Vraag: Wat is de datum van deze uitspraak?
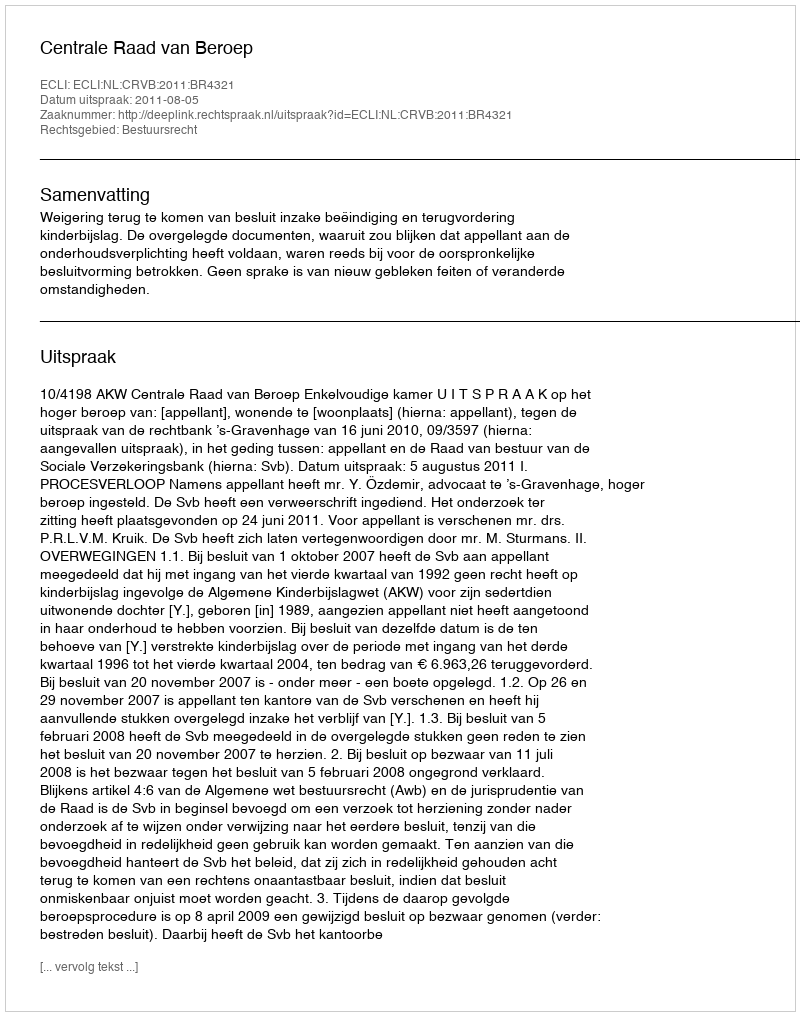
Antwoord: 2011-08-05